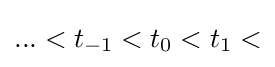
...<t_{-1}<t_{0}<t_{1}<